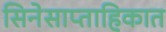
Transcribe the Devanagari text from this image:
सिनेसाप्ताहिकात